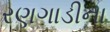
રણગાડીના